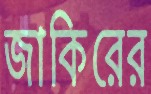
জাকিরের